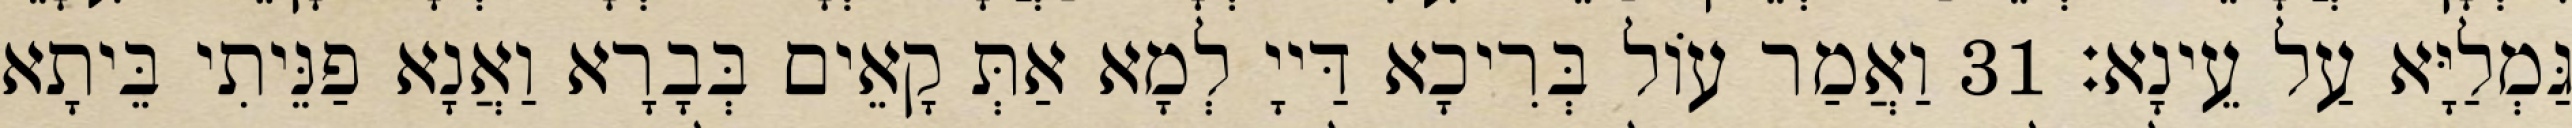
גַּמְלַיָּא עַל עֵינָא׃ 31 וַאֲמַר עוֹל בְּרִיכָא דַּייָ לְמָא אַתְּ קָאֵים בְּבָרָא וַאֲנָא פַנֵּיתִי בֵּיתָא